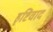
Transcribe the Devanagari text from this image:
हृष्टिवाद